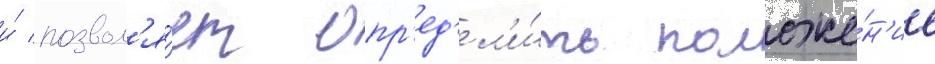
и́ позвол'я́ет опр'ед'ел'и́ть положе́н'ие